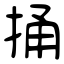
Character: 捅